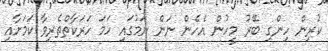
ކުރިން ހިންގި ބޭރު މީހުން އެހެން ނަން ނަމުގައި ހަމަ ހަރަކާތްތެރިވާ ކަމަށާއި